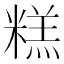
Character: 糕